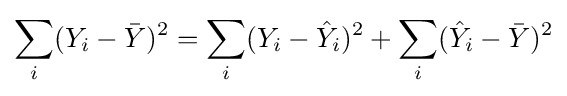
\sum _{i}(Y_{i}-{\bar {Y}})^{2}=\sum _{i}(Y_{i}-{\hat {Y}}_{i})^{2}+\sum _{i}({\hat {Y}}_{i}-{\bar {Y}})^{2}